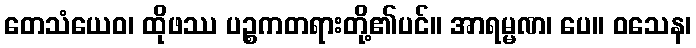
တေသံယေဝ၊ ထိုဖဿ ပဉ္စကတရားတို့၏ပင်။ အာရမ္မဏ၊ ပေ။ ဝသေန၊